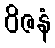
ဝိဇနံ